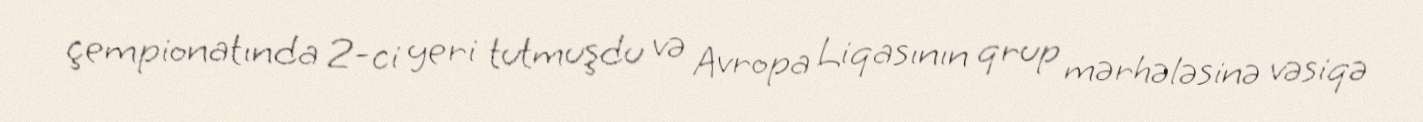
çempionatında 2-ci yeri tutmuşdu və Avropa Liqasının qrup mərhələsinə vəsiqə